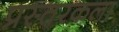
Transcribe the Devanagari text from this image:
प्रस्तरकला